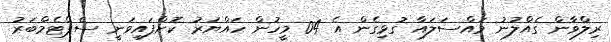
ރިލްވާން ގެއްލުނު މައްސަލައާ ގުޅިގެން އެ 04 މީހުން ހައްޔަރު ކޮށްފައިވަނީ ސެޕްޓެމްބަރު